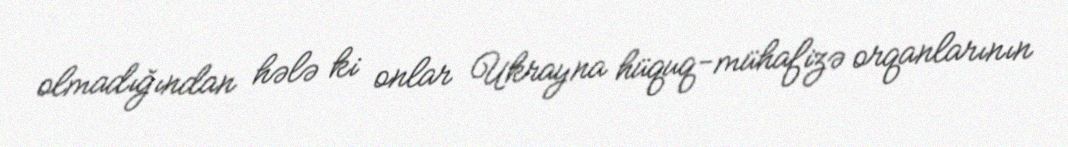
olmadığından hələ ki onlar Ukrayna hüquq-mühafizə orqanlarının